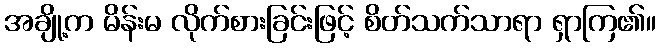
အချို့က မိန်းမ လိုက်စားခြင်းဖြင့် စိတ်သက်သာရာ ရှာကြ၏။